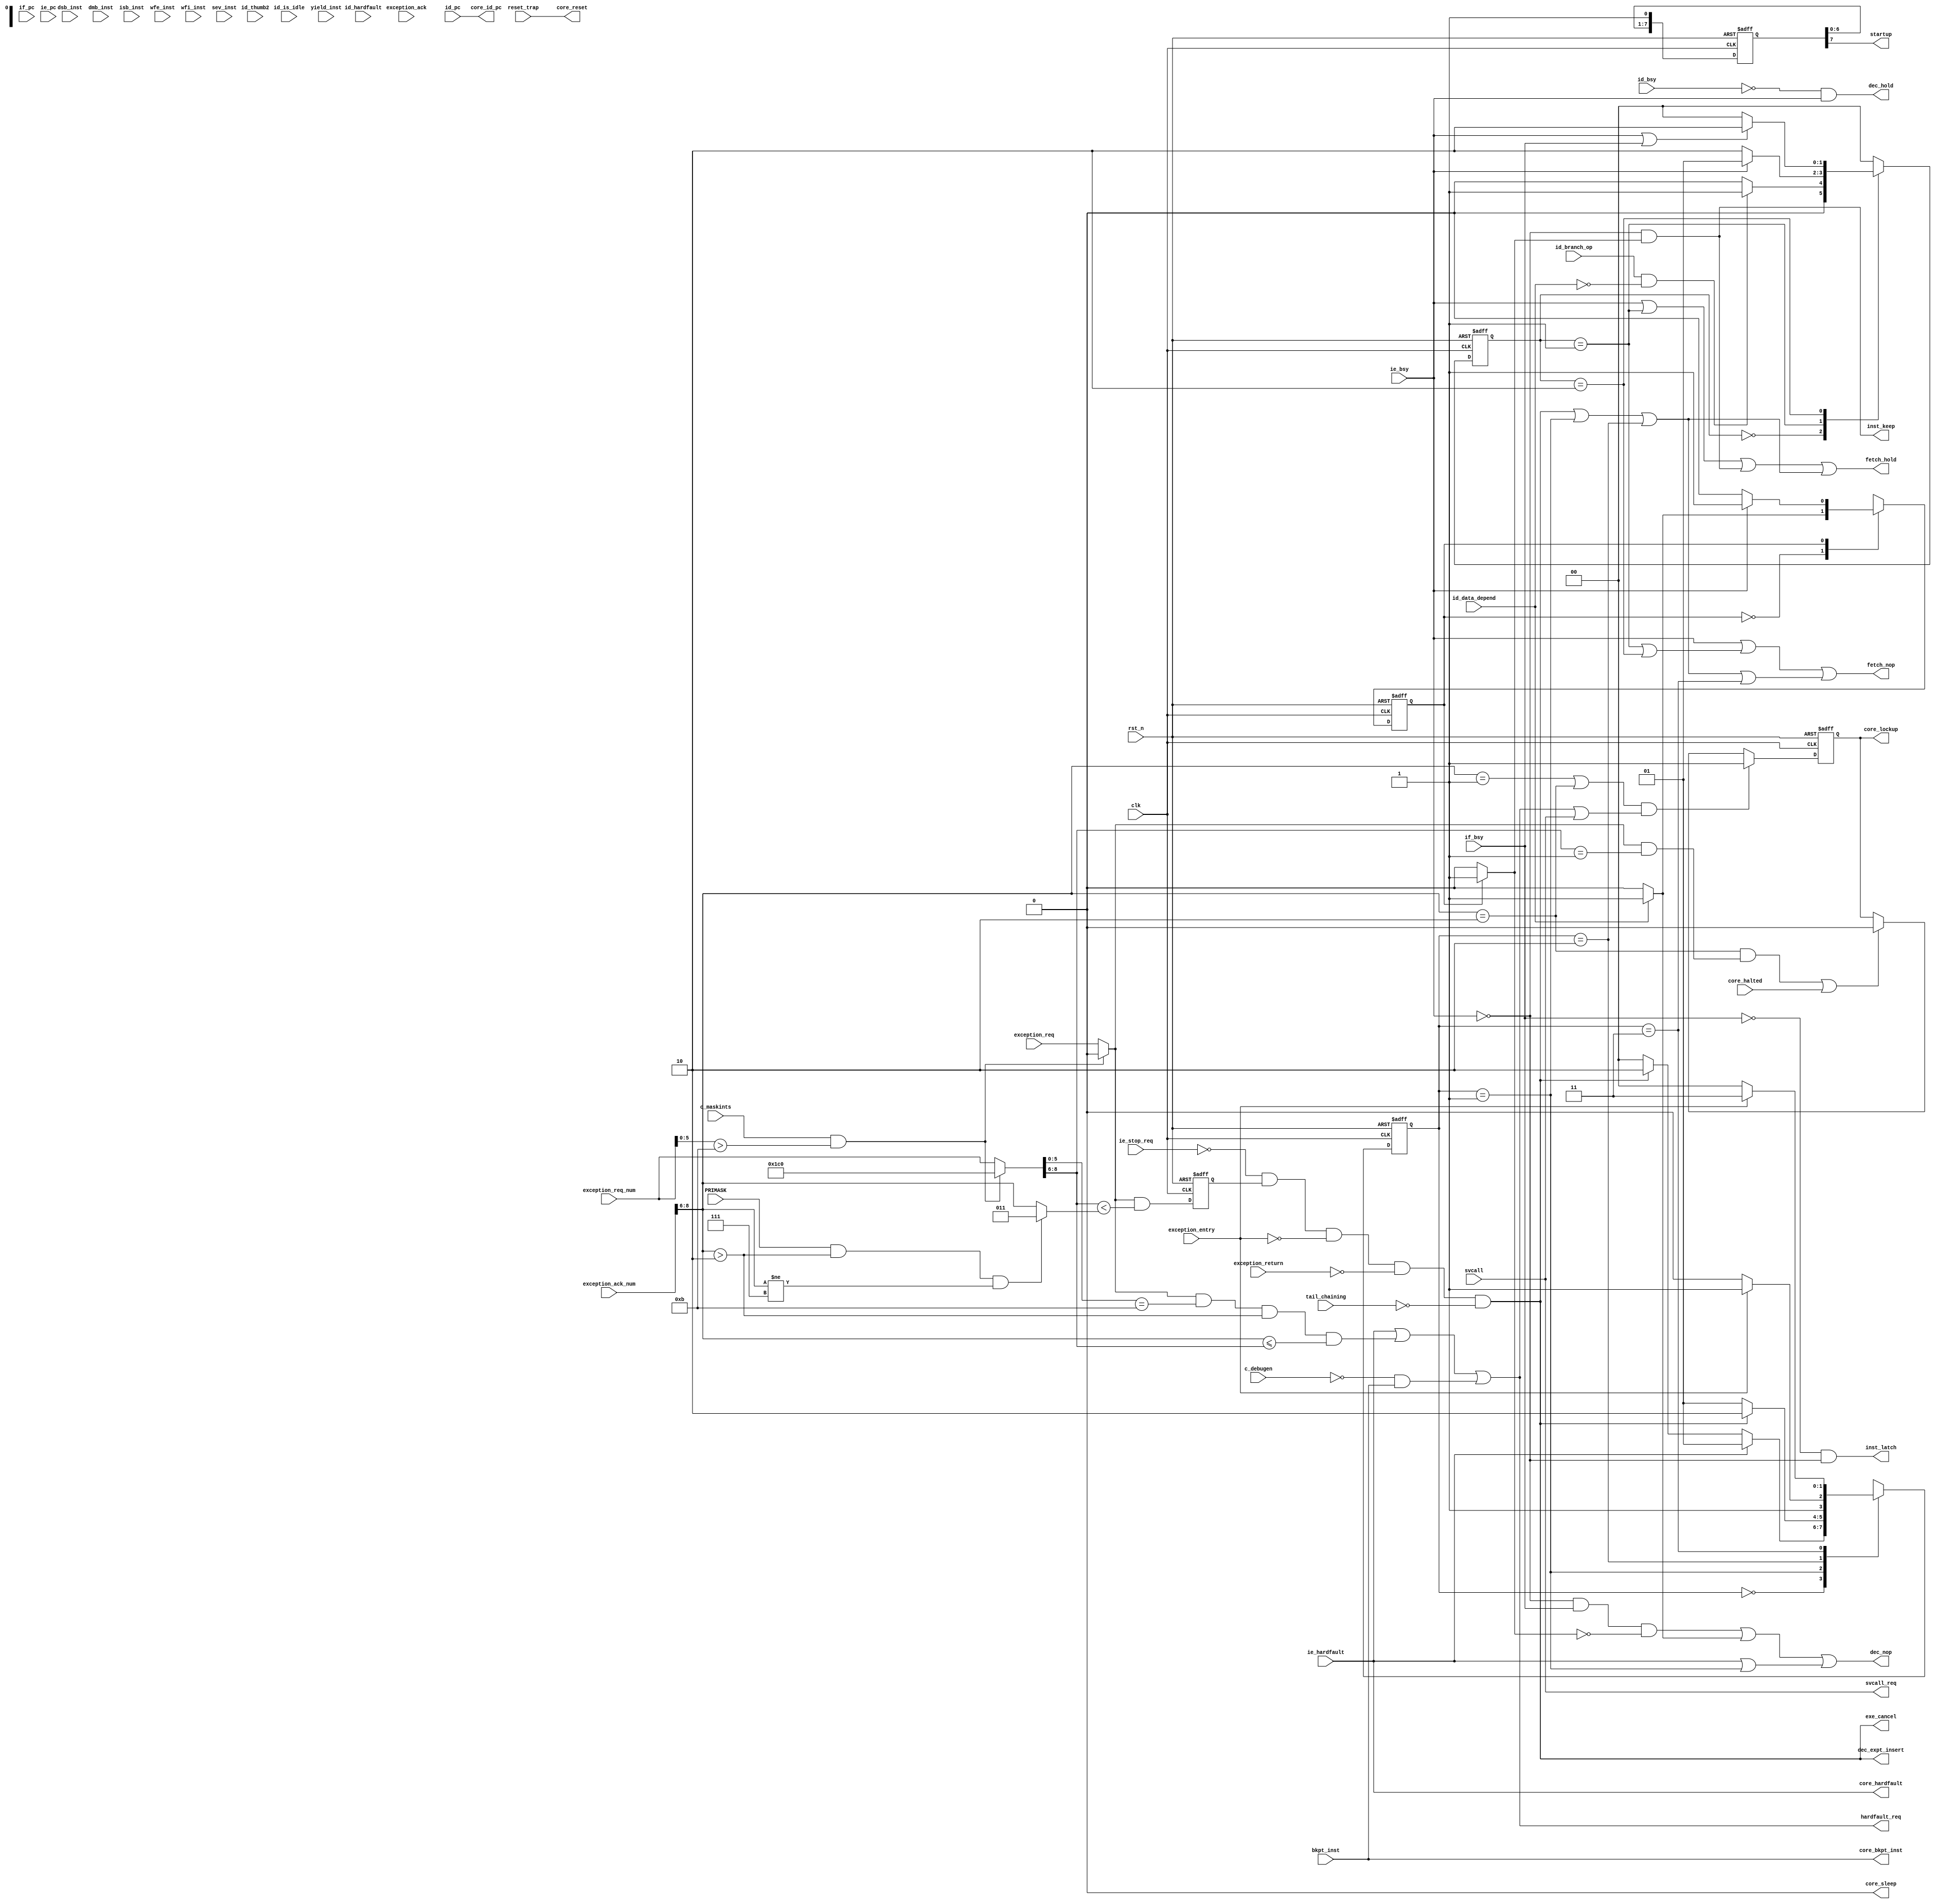

//************************************************************************//
//PODES:    Processor Optimization for Deeply Embedded System                                                                 
//Web:      http://www.mcucore.org                         
//Bug report: sunyata.peng@foxmail.com                                                                          
//Q_Q:   2143971503         
//************************************************************************//
//                                                                          
//  PODES_M0O - PODES IP Core                              
//                                      
//                                                                          
//  This library is free software; you can redistribute it and/or           
//  modify it under the terms of the GNU Lesser General Public              
//  License as published by the Free Software Foundation; either            
//  version 2.1 of the License, or (at your option) any later version.      
//                                                                          
//  This library is distributed in the hope that it will be useful,         
//  but WITHOUT ANY WARRANTY; without even the implied warranty of          
//  MERCHANTABILITY or FITNESS FOR A PARTICULAR PURPOSE.  See the GNU       
//  Lesser General Public License for more details.                         
//                                                                          
//  Full details of the license can be found in the file LGPL.TXT.          
//                                                                          
//  You should have received a copy of the GNU Lesser General Public        
//  License along with this library; if not, write to the Free Software     
//  Foundation, Inc., 59 Temple Place, Suite 330, Boston, MA 02111-1307 USA 
//                                                                          
//************************************************************************//
// Version     : 1.0
// Description : Main FSM for IU. 
// -----------------------------History-----------------------------------//
// Date      BY   Version  Change Description
//
// 20200101  PODES   1.0      Initial Release. 
//                                                                        
//************************************************************************//
// --- CVS information:
// ---    $Author: $
// ---    $Revision: $
// ---    $Id: $
// ---    $Log$ 
//
//************************************************************************//

module mfsm   (
                rst_n        ,
                clk          ,
                //fetch
                
                if_pc,
                startup,
                reset_trap,
                if_bsy    ,           
                fetch_hold,
                fetch_nop,
                inst_keep,
                inst_latch,
                
                //decoder
                id_pc,
                dec_hold,   
                dec_nop ,
                id_bsy ,
                id_is_idle,
                id_thumb2,
                id_branch_op,                                
                id_data_depend,
                id_hardfault,   
                dec_expt_insert,
                                
                dsb_inst    ,
                dmb_inst    ,
                isb_inst    , 
                bkpt_inst   ,        
                yield_inst  ,
                wfe_inst    ,
                wfi_inst    ,
                sev_inst    ,   
                svcall       ,
               
                //execute
                ie_pc           ,
                ie_bsy          ,
                exception_entry ,
                exception_return,
                tail_chaining   ,
                ie_hardfault   ,
                exe_cancel     ,
                                
                //exception
                PRIMASK,
                hardfault_req ,
                svcall_req,
                exception_req,
                exception_req_num,
                exception_ack,
                exception_ack_num,
                
                //debug
                c_debugen,       
                c_maskints,
				ie_stop_req,
                core_reset,
                core_lockup,
				core_halted,
                core_sleep,
                core_hardfault,
                core_id_pc,
                core_bkpt_inst       
                );

             
//-----------------------------------------------------------//
//                      INPUTS , OUTPUT                      //
//-----------------------------------------------------------//
input        rst_n;
input        clk;

//fetch              
input [31:0] if_pc;
output       startup;
input        reset_trap;
input        if_bsy;
output       fetch_hold;
output       fetch_nop;
output       inst_keep;
output       inst_latch;
                   
//decoder               
input [31:0] id_pc;
output       dec_hold;
output       dec_nop;
input        id_bsy;
input        id_is_idle;
input        id_thumb2;
input        id_branch_op;
input        id_data_depend ;
input        id_hardfault;
output       dec_expt_insert;

input        dsb_inst;
input        dmb_inst;
input        isb_inst;         
input        bkpt_inst;      
input        yield_inst;
input        wfe_inst;
input        wfi_inst;
input        sev_inst; 
input        svcall;

//execute
input [31:0] ie_pc;
input        ie_bsy;
input        exception_entry;
input        exception_return;
input        tail_chaining;
input        ie_hardfault;
output       exe_cancel;

//exception
input        PRIMASK;
output       hardfault_req;
output       svcall_req;
input        exception_req;  
input [8:0]  exception_req_num;
input        exception_ack;
input [8:0]  exception_ack_num;

                //debug
input        c_debugen;     
input        c_maskints;
input        ie_stop_req;
output       core_reset;
output       core_lockup;
input        core_halted;
output       core_sleep;
output       core_hardfault;  
output [31:0] core_id_pc;   
output       core_bkpt_inst;

//-----------------------------------------------------------//
//                    REGISTERS & WIRES                      //
//-----------------------------------------------------------//

wire        startup;
wire        fetch_hold;
wire        fetch_nop;
wire        dec_hold;
wire        dec_nop;
wire        dec_expt_insert;
wire        exe_cancel;
            
wire        hardfault_req;
wire        svcall_req;
reg         lockup;

wire        core_reset;
wire        core_lockup;
wire        core_sleep;  
wire [31:0] core_id_pc; 

reg         flg_dsb_inst    ;
reg         flg_dmb_inst    ;
reg         flg_isb_inst    ;         
reg         flg_bkpt_inst   ;      
reg         flg_yield_inst  ;
reg         flg_wfe_inst    ;
reg         flg_wfi_inst    ;
reg         flg_sev_inst    ;   
reg         flg_dec_hardfault;
reg         flg_svcall       ;
reg         flg_exe_hardfault;
            
wire        svcall_fault;
            
wire        expt_request;
            
wire        data_depend;
//-----------------------------------------------------------//
//                          PARAMETERS                       //
//-----------------------------------------------------------//

parameter DEP_IDLE   = 1'b0;
parameter DEP_DEPEND = 1'b1;

parameter BR_IDLE    = 2'b00;
parameter BR_ID      = 2'b01;
parameter BR_IE      = 2'b10;

parameter EXPT_IDLE  = 2'b00;
parameter EXPT_FALT  = 2'b01;
parameter EXPT_ID    = 2'b10;
parameter EXPT_IE    = 2'b11;


//-----------------------------------------------------------//
//                          ARCHITECTURE                     //
//-----------------------------------------------------------//


//=======================
//specific instructions. TBD.
//=======================
always@ (posedge clk or negedge rst_n)
begin
  if (!rst_n)
  begin
    flg_dsb_inst    <= 1'b0;
    flg_dmb_inst    <= 1'b0;
    flg_isb_inst    <= 1'b0;         
    flg_bkpt_inst   <= 1'b0;        
    flg_yield_inst  <= 1'b0;
    flg_wfe_inst    <= 1'b0;
    flg_wfi_inst    <= 1'b0;
    flg_sev_inst    <= 1'b0;   
    flg_dec_hardfault<= 1'b0;
    flg_svcall       <= 1'b0;
    flg_exe_hardfault<= 1'b0;
  end  
  else 
  begin
    flg_dsb_inst    <= dsb_inst     ;
    flg_dmb_inst    <= dmb_inst     ;
    flg_isb_inst    <= isb_inst     ;           
    flg_bkpt_inst   <= bkpt_inst    ;      
    flg_yield_inst  <= yield_inst   ;
    flg_wfe_inst    <= wfe_inst     ;
    flg_wfi_inst    <= wfi_inst     ;
    flg_sev_inst    <= sev_inst     ;   
    flg_dec_hardfault<= id_hardfault  ; //Only for debug flag.
    flg_svcall       <= svcall        ;
    flg_exe_hardfault<= ie_hardfault  ;
  end  
end


//need confirm the timing delay for that handler.
assign hardfault_req =  ie_hardfault | svcall_fault | (~c_debugen & bkpt_inst);
assign svcall_req    = svcall;  //need confirm the timing delay for that handler.

//===============================
//Pipeline control
// 
//================================


//======================
//structure dependence.
//======================
//If IF rdy but IE is not rdy, IF should hold on.
wire fetch_hold_structure = ie_bsy;
//replaced by NOP.
wire fetch_nop_structure  = ie_bsy;

//If IE is not rdy, ID should hold on.
wire dec_hold_structure   = (~id_bsy) & ie_bsy;
//If IF is not rdy, need insert NOP in ID. This id_nop is also used to hold the value of ID_PC.
wire dec_nop_structure    = (~ie_bsy) & if_bsy & (~data_depend);



//======================
//Data dependence.
//======================
reg   dep_cur_state;
reg   dep_nxt_state;

always @*
begin
    case (dep_cur_state)
    DEP_IDLE: begin
        if (id_data_depend)
            dep_nxt_state = DEP_DEPEND;
        else
            dep_nxt_state = DEP_IDLE;
    end
    DEP_DEPEND: begin
        if(ie_bsy)
           dep_nxt_state = DEP_DEPEND;
        else
           dep_nxt_state = DEP_IDLE;    
    end
    default: begin
            dep_nxt_state = DEP_IDLE;    
    end
    endcase         
end

always@ (posedge clk or negedge rst_n)
begin
    if (!rst_n)
        dep_cur_state <= DEP_IDLE;
    else 
        dep_cur_state <= dep_nxt_state;
end

assign data_depend = (dep_cur_state == DEP_DEPEND) ? 1'b1: 1'b0;

wire fetch_hold_data = (~ie_bsy) & data_depend;
wire fetch_nop_data  = 1'b0;

wire dec_hold_data   = 1'b0;
wire dec_nop_data    = id_data_depend ? 1'b1 : 1'b0;

assign  inst_latch = (~if_bsy) & (~ie_bsy);
assign  inst_keep  = fetch_hold_data;


//======================
//Branch transition.
//======================
reg [1:0]  br_cur_state;
reg [1:0]  br_nxt_state;

always @*
begin
    case (br_cur_state)
    BR_IDLE: begin
        if ((id_branch_op) && (!id_data_depend))
            br_nxt_state = BR_ID;
        else
            br_nxt_state = BR_IDLE;
    end
    BR_ID: begin
        if(ie_bsy)
            br_nxt_state = BR_ID;
        else
           br_nxt_state = BR_IE;    
    end
    BR_IE: begin
        if(ie_bsy | if_bsy)
            br_nxt_state = BR_IE;
        else
            br_nxt_state = BR_IDLE;    
    end 
    default: begin
            br_nxt_state = BR_IDLE;    
    end
    endcase         
end

always@ (posedge clk or negedge rst_n)
begin
    if (!rst_n)
        br_cur_state <= BR_IDLE;
    else 
        br_cur_state <= br_nxt_state;
end

wire fetch_hold_branch = (br_cur_state == BR_ID);
wire fetch_nop_branch  = (br_cur_state == BR_ID)|(br_cur_state == BR_IE);


wire dec_hold_branch = 1'b0;
wire dec_nop_branch  = 1'b0;




//======================
//Exception. 
//======================

reg [1:0]  expt_cur_state;
reg [1:0]  expt_nxt_state;

always @*
begin
    case (expt_cur_state)
    EXPT_IDLE: begin
        if (ie_hardfault) //hardfault exception.
            expt_nxt_state = EXPT_FALT;
        else if (expt_request)  //other exceptions.
            expt_nxt_state = EXPT_ID;
        else
            expt_nxt_state = EXPT_IDLE;
    end
    EXPT_FALT: begin
        if (expt_request)
            expt_nxt_state = EXPT_ID;
        else
            expt_nxt_state = EXPT_FALT;
    end
    EXPT_ID: begin
        if(exception_entry)
            expt_nxt_state = EXPT_IE;
        else
           expt_nxt_state = EXPT_ID;    
    end
    EXPT_IE: begin
        if(exception_entry)
            expt_nxt_state = EXPT_IE;
        else
            expt_nxt_state = EXPT_IDLE;    
    end 
    endcase         
end

always@ (posedge clk or negedge rst_n)
begin
    if (!rst_n)
        expt_cur_state <= EXPT_IDLE;
    else 
        expt_cur_state <= expt_nxt_state;
end

wire expt_entry_if_hold = (expt_request)|(expt_cur_state == EXPT_FALT)|(expt_cur_state == EXPT_ID);
wire expt_entry_if_nop  = (expt_request)|(expt_cur_state == EXPT_FALT)|(expt_cur_state == EXPT_ID) | (expt_cur_state == EXPT_IE);
wire expt_entry_id_nop = ie_hardfault|(expt_cur_state == EXPT_FALT);  //how about ID_PC value?

//below case is covered by branch condition.
wire expt_tail_if_hold = 1'b0;
wire expt_tail_if_nop  = 1'b0;
wire expt_return_if_hold = 1'b0;
wire expt_return_if_nop = 1'b0;


wire fetch_hold_exception = expt_entry_if_hold;
wire fetch_nop_exception  = expt_entry_if_nop;

wire dec_hold_exception = 1'b0;
wire dec_nop_exception  = expt_entry_id_nop;



//======================
//debug event. 
//======================
//Debug events will trigger pipeline be held. 
//It is processed in debugger module.
wire fetch_hold_debug = 1'b0;
wire fetch_nop_debug  = 1'b0;
wire dec_hold_debug   = 1'b0;
wire dec_nop_debug    = 1'b0;




//============================
assign fetch_hold = fetch_hold_structure | 
                    fetch_hold_branch | 
                    fetch_hold_data | 
                    fetch_hold_exception |
                    fetch_hold_debug;

assign fetch_nop  = fetch_nop_structure | 
                    fetch_nop_branch | 
                    fetch_nop_data | 
                    fetch_nop_exception |
                    fetch_nop_debug;
                    
                    
assign dec_hold   = dec_hold_structure | 
                    dec_hold_branch | 
                    dec_hold_data | 
                    dec_hold_exception |
                    dec_hold_debug;

assign dec_nop    = dec_nop_structure | 
                    dec_nop_branch | 
                    dec_nop_data | 
                    dec_nop_exception |
                    dec_nop_debug;




//======================================
//Startup
//======================================
reg [7:0] startup_latency;

always@ (posedge clk or negedge rst_n)
begin
    if (!rst_n)
        startup_latency <= 8'h00;
    else 
        startup_latency <= {startup_latency[6:0],1'b1};
end
assign startup = startup_latency[7];



//=======================
//Mask interrupts
//=======================
wire exception_req_mask           = (c_maskints & (exception_req_num[5:0] > 6'd11))?
                                    1'b0 : exception_req;
									
wire [8:0] exception_req_num_mask = (c_maskints & (exception_req_num[5:0] > 6'd11))?
                                    9'b111_000_000 : exception_req_num;



//=======================
//priority boosting condition.
//=======================
//raise the execution priority to 0. (I think it should excluding reset_stra, NMI, Hardfault and Thread mode)
wire [8:0] exception_ack_pri_boost = (PRIMASK && (exception_ack_num[8:6]> 3'b010) && (exception_ack_num[8:6] != 3'b111)) ? 
                                    3'b011 : exception_ack_num[8:6];


//=======================
//priority escalation condition.
//=======================
assign svcall_fault = (exception_req_mask & (exception_req_num_mask[5:0] == 6'd11)) &   //SVCall
                    (exception_ack_num[8:6] > 3'b010)&                      //not NMI or HardFault
                    (exception_ack_num[8:6] <= exception_req_num_mask[8:6]);       //lower Priority



//=======================
//preemption condition.
//=======================
//Only the exception with higher priority should be taken immediately. 
wire preemption_cnd = exception_req_mask & (exception_req_num_mask[8:6] < exception_ack_pri_boost);

reg     preemption;
always @(posedge clk or negedge rst_n)
begin
    if (!rst_n)
    begin
        preemption      <= 1'b0;
    end
    else
    begin 
        preemption      <= preemption_cnd;
    end
end    
//???
assign expt_request    = (~ie_stop_req) & 
                         (preemption) & 
						 (~exception_entry) & 
						 (~exception_return) & 
						 (~tail_chaining);
						 
assign exe_cancel      = expt_request;
assign dec_expt_insert = expt_request;


//=======================
//Lockup condition
//=======================
wire lockup_entry = ((exception_ack_num[8:6] == 3'b001 ) | 
                     (exception_ack_num[8:6] == 3'b010 )) 
                     & (hardfault_req | svcall_req);
					 
wire lockup_exit = (exception_ack_num[8:6] == 3'b010 ) & 
                   (exception_req_mask & (exception_req_num_mask[8:6] == 3'b001))
                   | core_halted ;   
				   
always @(posedge clk or negedge rst_n)
begin
    if (!rst_n)
        lockup      <= 1'b0;
    else if (lockup_entry)
        lockup      <= 1'b1;
    else if (lockup_exit)
        lockup      <= 1'b0;
end    


//=======================
//Core status to debug function
//=======================
assign  core_reset   = reset_trap;
assign  core_lockup  = lockup;
assign  core_sleep   = 1'b0;  //TBD
assign  core_hardfault = ie_hardfault;
assign  core_id_pc   = id_pc;
assign  core_bkpt_inst = bkpt_inst;
            

endmodule